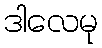
ဒါလေမု